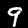
Digit: 9